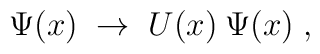
\Psi(x) \;\rightarrow\; U(x) \:\Psi(x) \;,